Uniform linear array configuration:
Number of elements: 24
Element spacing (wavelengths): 0.5
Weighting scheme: exponential
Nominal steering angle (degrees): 30
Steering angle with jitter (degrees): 28.613
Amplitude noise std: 0.05
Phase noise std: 0.05

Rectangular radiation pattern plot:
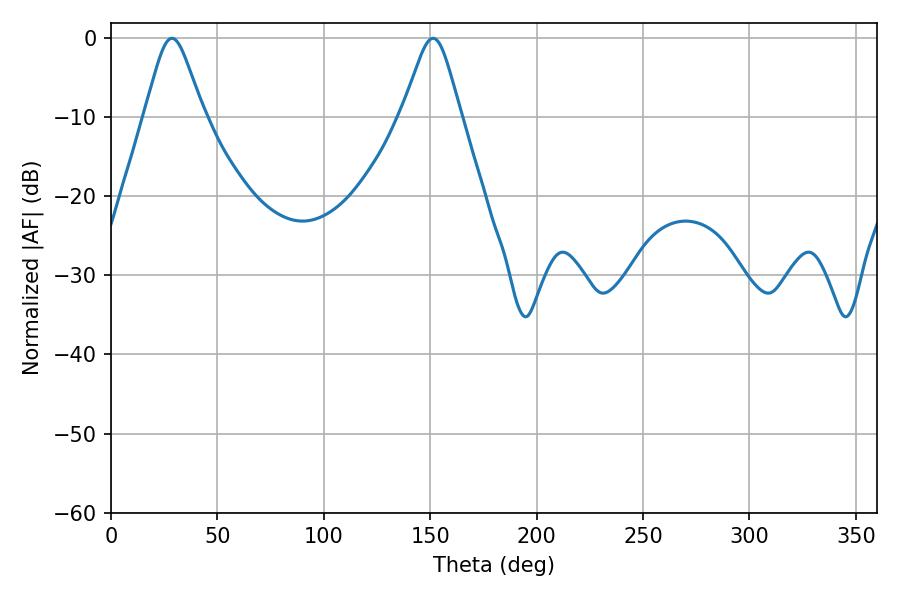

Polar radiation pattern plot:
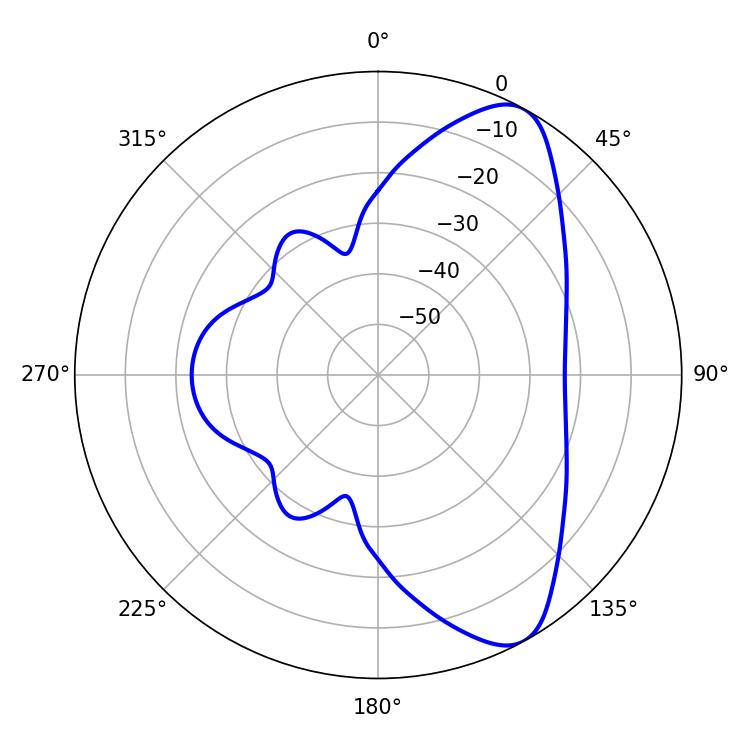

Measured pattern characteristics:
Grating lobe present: FALSE
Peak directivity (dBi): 8.499
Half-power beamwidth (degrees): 13.32
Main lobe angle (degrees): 28.62